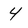
Character: 4